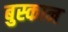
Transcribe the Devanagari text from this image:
बुस्कान